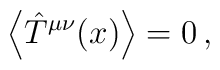
\left\langle \hat{T}^{\mu\nu} (x)\right\rangle =0\, ,